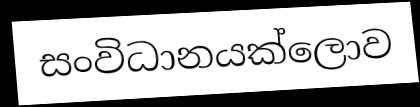
සංවිධානයක්ලොව